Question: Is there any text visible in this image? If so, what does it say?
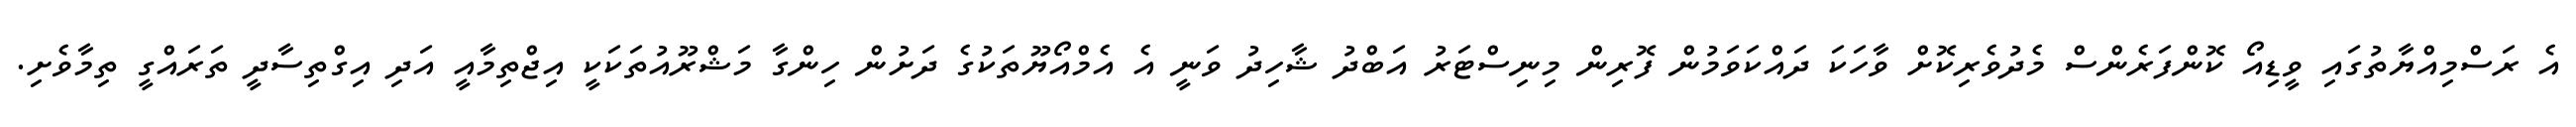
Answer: އެ ރަސްމިއްޔާތުގައި ވީޑިއޯ ކޮންފަރެންސް މެދުވެރިކޮށް ވާހަކަ ދައްކަވަމުން ފޮރިން މިނިސްޓަރު އަބްދު ޝާހިދު ވަނީ އެ އެމްއޯޔޫތަކުގެ ދަށުން ހިންގާ މަޝްރޫއުތަކަކީ އިޖްތިމާއީ އަދި އިގްތިސާދީ ތަރައްގީ ތިމާވެށި.